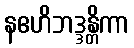
နဧဟိဘဒ္ဒန္တိကာ